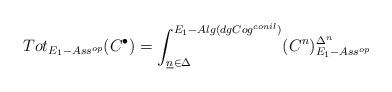
LaTeX: \begin{align*}Tot_{E_1-Ass^{op}}(C^{\bullet}) = \int_{\underline{n}\in\Delta}^{E_1-Alg(dgCog^{conil})}(C^n)^{\Delta^n}_{E_1-Ass^{op}}\end{align*}